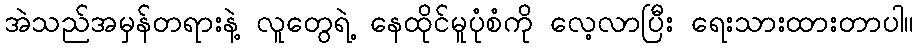
အဲသည်အမှန်တရားနဲ့ လူတွေရဲ့ နေထိုင်မူပုံစံကို လေ့လာပြီး ရေးသားထားတာပါ။